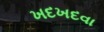
ખદખદવા